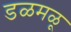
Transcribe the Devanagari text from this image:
डळमळू